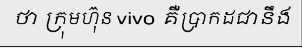
ថា ក្រុមហ៊ុន vivo គឺប្រាកដជានឹង